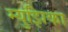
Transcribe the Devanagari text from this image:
म्युझिका